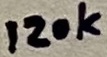
Text: 120k